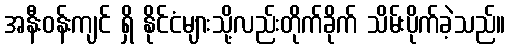
အနီးဝန်းကျင် ရှိ နိုင်ငံများသို့လည်းတိုက်ခိုက် သိမ်းပိုက်ခဲ့သည်။